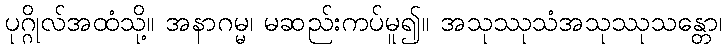
ပုဂ္ဂိုလ်အထံသို့။ အနာဂမ္မ၊ မဆည်းကပ်မူ၍။ အသုဿုသံအသုဿုသန္တော၊